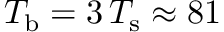
T _ { \mathrm { b } } = 3 \, T _ { \mathrm { s } } \approx 8 1